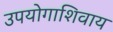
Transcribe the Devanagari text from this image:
उपयोगाशिवाय